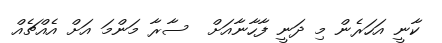
ކާނީ އަހަރެން މި ދަނީ ފާހާނާއަށް  ސާރާ މަންމަ އަށް އެއްޗެއް